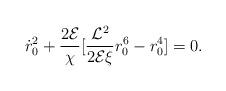
LaTeX: \begin{align*}{\dot r_0}^2 + {2 {\cal E}\over \chi}[{{\cal L}^2 \over2 {\cal E} \xi}r_0^6 -r_0^4] =0.\end{align*}